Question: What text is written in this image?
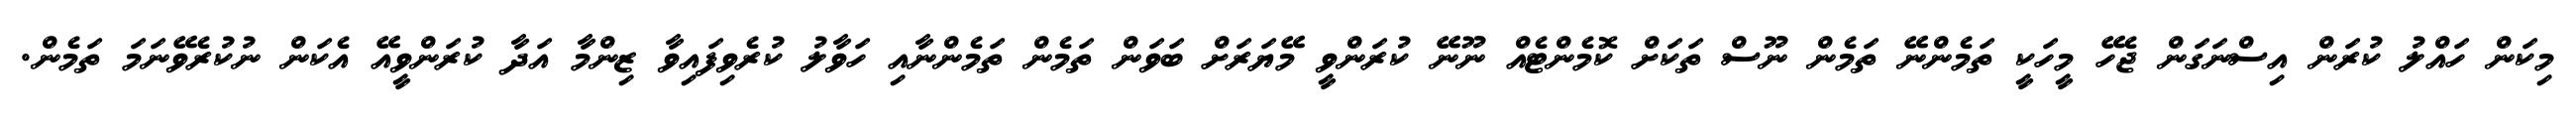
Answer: މިކަން ހައްލު ކުރަން އިސްނަގަން ޖެހޭ މީހަކީ ތަމެންނޭ ތަމެން ނޫސް ތަކަށް ކޮމެންޓެއް ނޫނޭ ކުރަންވީ މޭޔަރަށް ބަވަން ތަމެން ތަމެންނާއި ހަވާލު ކުރެވިފައިވާ ޒިންމާ އަދާ ކުރަންވީއޭ އެކަން ނުކުރެވޭނަމަ ތަމެން.